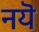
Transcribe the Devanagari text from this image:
नयॆ